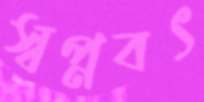
স্বপ্নবৎ